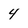
Character: 4